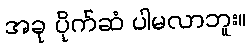
အခု ပိုက်ဆံ ပါမလာဘူး။